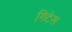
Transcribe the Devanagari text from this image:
गिटेस